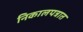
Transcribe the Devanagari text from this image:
निकालपत्रात